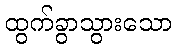
ထွက်ခွာသွားသော